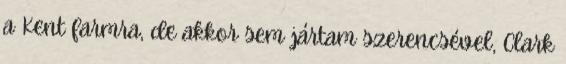
a Kent farmra, de akkor sem jártam szerencsével, Clark